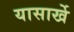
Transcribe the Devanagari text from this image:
यासार्खे